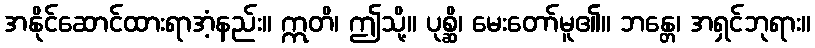
အနိုင်ဆောင်ထားရာအံ့နည်း။ ဣတိ၊ ဤသို့။ ပုစ္ဆိ၊ မေးတော်မူ၏။ ဘန္တေ၊ အရှင်ဘုရား။